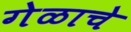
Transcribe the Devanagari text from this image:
गेळाचे